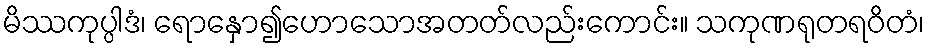
မိဿကုပ္ပါဒံ၊ ရောနှော၍ဟောသောအတတ်လည်းကောင်း။ သကုဏရုတရဝိတံ၊